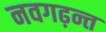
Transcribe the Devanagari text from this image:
नवगढ़न्त